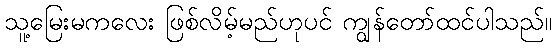
သူ့မြေးမကလေး ဖြစ်လိမ့်မည်ဟုပင် ကျွန်တော်ထင်ပါသည်။